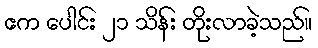
ဧက ပေါင်း ၂၁ သိန်း တိုးလာခဲ့သည်။